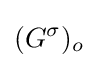
(G^{\sigma })_{o}